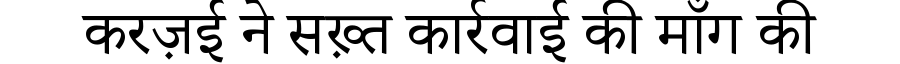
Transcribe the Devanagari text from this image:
करज़ई ने सख़्त कार्रवाई की माँग की